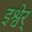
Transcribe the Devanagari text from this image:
इश्वेर्